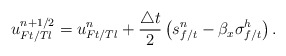
\begin{align*}u_{Ft/Tl}^{n+1/2} = u_{Ft/Tl}^n + \frac{\triangle t} 2\left(s_{f/t}^n-\beta_x \sigma^h_{f/t} \right).\end{align*}